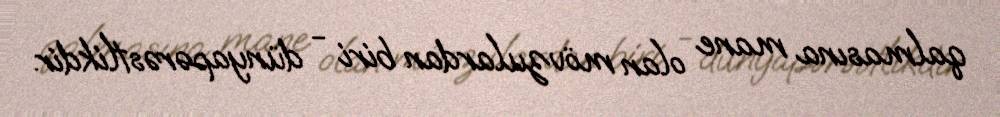
qalmasına mane olan mövzulardan biri - dünyapərəstlikdir.